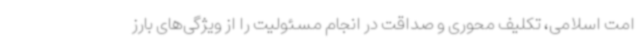
امت اسلامی، تکلیف محوری و صداقت در انجام مسئولیت را از ویژگی‌های بارز